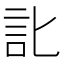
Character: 䚰